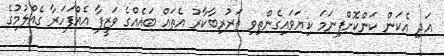
އަދި އެކަން ކަންކޮށްފިނަމަ ކިޔަވައިގެންތިވި ތަރުރިބާކާރު އެތައް ބައެއްގެ ވަޒީފާ އެއްފަހަރާ ގެއްލުމުގެ